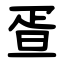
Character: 疍